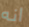
انه